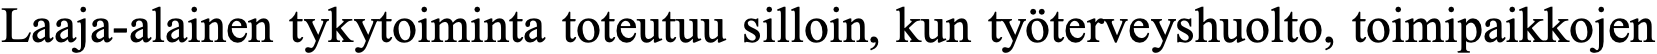
Laaja-alainen tykytoiminta toteutuu silloin, kun työterveyshuolto, toimipaikkojen